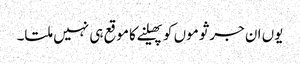
یوں ان جرثوموں کو پھیلنے کا موقع ہی نہیں ملتا۔